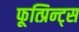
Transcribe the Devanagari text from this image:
फूत्प्रिन्ट्स